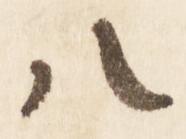
八